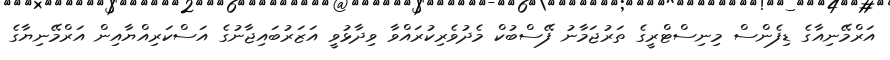
އަރްމޭނިއާގެ ޑިފެންސް މިނިސްޓްރީގެ ތަރުޖަމާނު ފޭސްބުކް މެދުވެރިކުރައްވާ ވިދާޅުވީ އަޒަރުބައިޖާނުގެ އަސްކަރިއްޔާއިން އަރްމޭނިޔާގެ